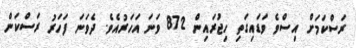
ރަސްކަމަށް އިސްވެ ވަޑައިގަތި ހިޖުރައިން 872 ވަނަ އަހަރުއެވެ. ދެވަނަ ފަހަރު ރަސްކަން